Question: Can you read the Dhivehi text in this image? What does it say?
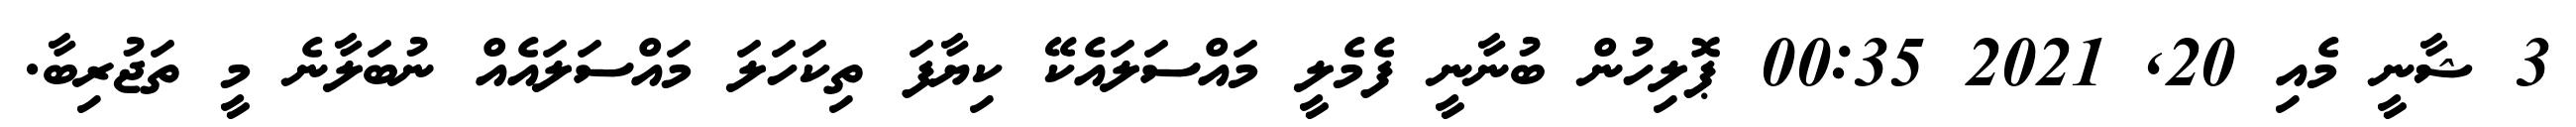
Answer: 3 ޝާނީ މެއި 20, 2021 00:35 ޕޮލިހުން ބުނާނީ ފެމެލީ މައްސަލައެކޭ ކިޔާފަ ތިކަހަލަ މައްސަލައެއް ނުބަލާނެ މީ ތަޖުރިބާ.